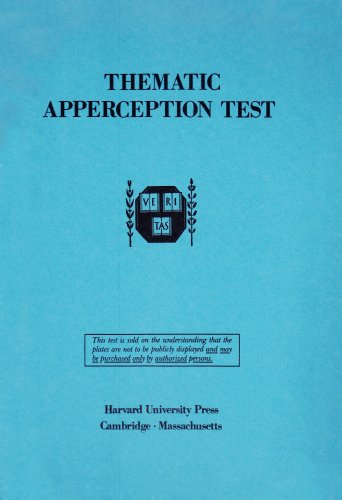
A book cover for Thematic Apperception Test; Henry A. Murray M.D.; Medical Books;